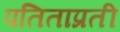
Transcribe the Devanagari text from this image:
पतिताप्रती